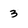
Character: 3